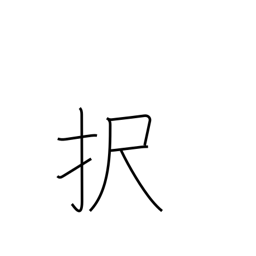
Meaning: elect